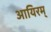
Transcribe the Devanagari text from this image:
आयिरम्